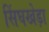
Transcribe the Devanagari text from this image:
सिंघखेड़ा